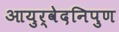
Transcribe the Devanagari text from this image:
आयुर्वेदनिपुण